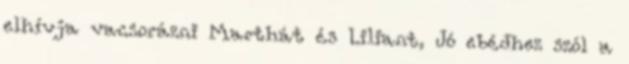
elhívja vacsorázni Marthát és Liliant, Jó ebédhez szól a